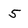
Character: 5